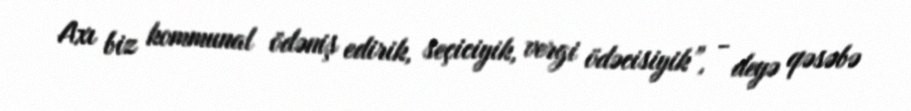
Axı biz kommunal ödəniş edirik, seçiciyik, vergi ödəcisiyik”, - deyə qəsəbə